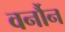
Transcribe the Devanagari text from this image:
वर्नौन